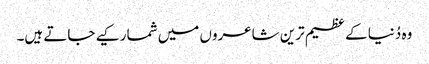
وہ دُنیا کے عظیم ترین شاعروں میں شمار کیے جاتے ہیں۔